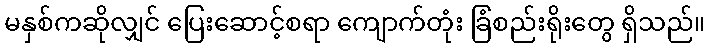
မနှစ်ကဆိုလျှင် ပြေးဆောင့်စရာ ကျောက်တုံး ခြံစည်းရိုးတွေ ရှိသည်။